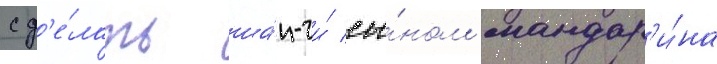
сд'е́лать ша́н-чи́ сы́ном мандар'и́на